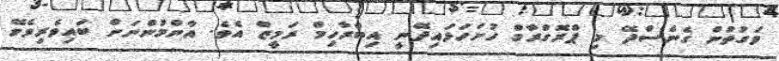
ވަގުތުން ގެނެސްދޭ މި ޕްރޮގްރާމް ހުށަހަޅައިދޭނީ އިބްރާހިމް ރަމީޒް އެވެ. އާންމުންނަށް ބައިވެރިވެވޭ